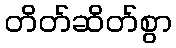
တိတ်ဆိတ်စွာ